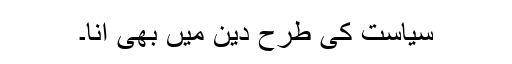
سیاست کی طرح دین میں بھی انا۔